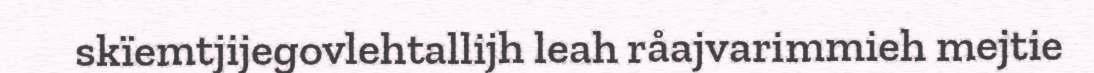
skïemtjijegovlehtallijh leah råajvarimmieh mejtie